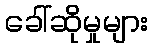
ခေါ်ဆိုမှုများ